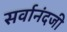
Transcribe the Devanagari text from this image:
सर्वानंदजी